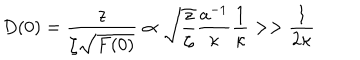
LaTeX: D ( 0 ) = \frac { z } { \zeta \sqrt { F ( 0 ) } } \propto \sqrt { \frac { z } { \zeta } } \frac { a ^ { - 1 } } { \kappa } \frac { 1 } { \kappa } > > \frac { 1 } { 2 \kappa }